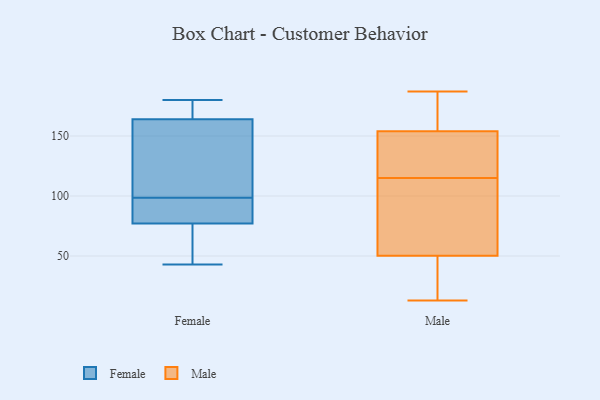
{"axis": {"x": "Market Share (%)", "y": "Value"}, "legend": ["Female", "Male"], "data": [{"x": "", "y": 77, "type": "Female"}, {"x": "", "y": 133, "type": "Female"}, {"x": "", "y": 47, "type": "Female"}, {"x": "", "y": 179, "type": "Female"}, {"x": "", "y": 89, "type": "Female"}, {"x": "", "y": 164, "type": "Female"}, {"x": "", "y": 108, "type": "Female"}, {"x": "", "y": 77, "type": "Female"}, {"x": "", "y": 43, "type": "Female"}, {"x": "", "y": 180, "type": "Female"}, {"x": "", "y": 51, "type": "Male"}, {"x": "", "y": 182, "type": "Male"}, {"x": "", "y": 131, "type": "Male"}, {"x": "", "y": 187, "type": "Male"}, {"x": "", "y": 69, "type": "Male"}, {"x": "", "y": 127, "type": "Male"}, {"x": "", "y": 25, "type": "Male"}, {"x": "", "y": 50, "type": "Male"}, {"x": "", "y": 53, "type": "Male"}, {"x": "", "y": 46, "type": "Male"}, {"x": "", "y": 155, "type": "Male"}, {"x": "", "y": 115, "type": "Male"}, {"x": "", "y": 163, "type": "Male"}, {"x": "", "y": 13, "type": "Male"}, {"x": "", "y": 151, "type": "Male"}]}